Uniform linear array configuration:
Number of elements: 16
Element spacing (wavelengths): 1
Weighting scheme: kaiser
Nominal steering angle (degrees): -30
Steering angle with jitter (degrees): -31.272
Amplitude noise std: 0.05
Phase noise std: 0.05

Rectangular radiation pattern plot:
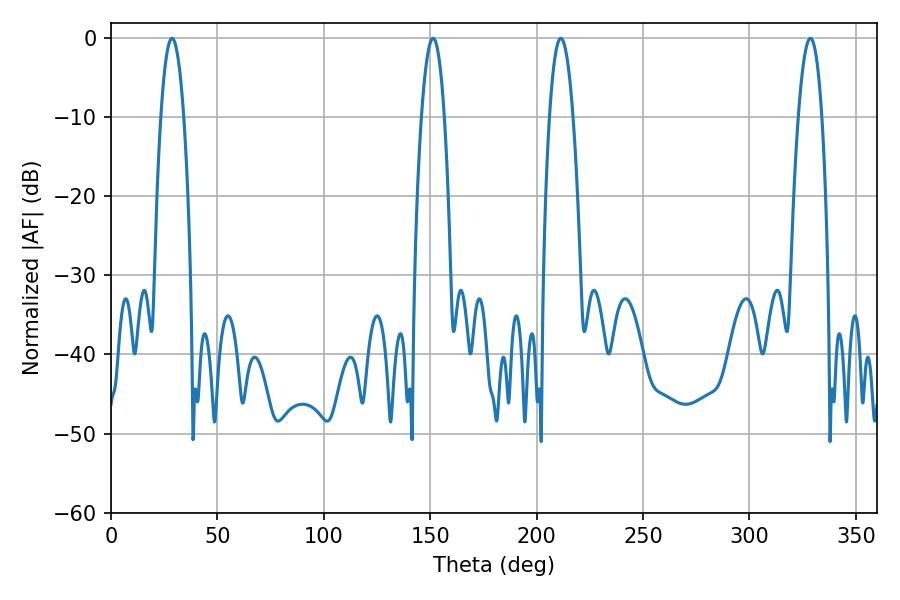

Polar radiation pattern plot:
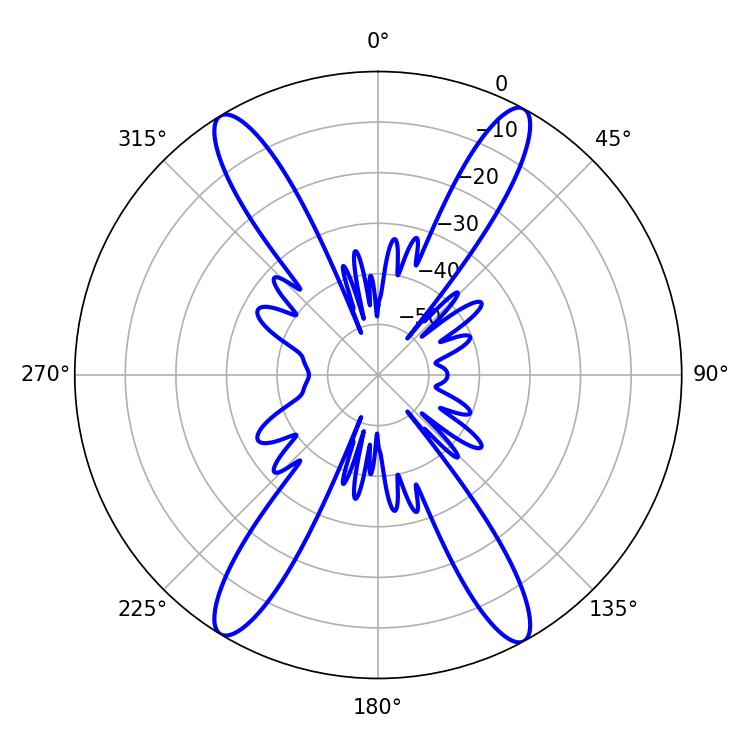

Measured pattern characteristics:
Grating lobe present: TRUE
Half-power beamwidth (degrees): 5.94
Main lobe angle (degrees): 211.32